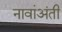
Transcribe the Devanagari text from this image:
नावांअंती